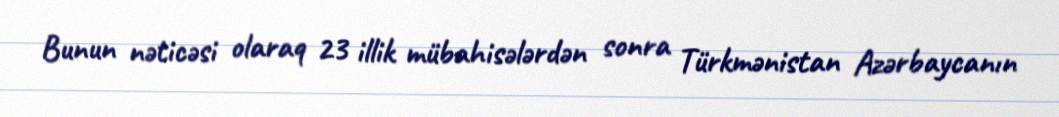
Bunun nəticəsi olaraq 23 illik mübahisələrdən sonra Türkmənistan Azərbaycanın